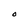
Character: O